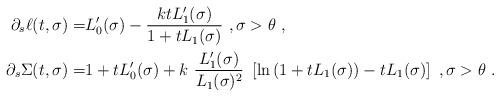
LaTeX: \begin{align*}\partial_s \ell(t,\sigma) = & L_0'(\sigma) - \frac{kt L_1'(\sigma)}{1+t L_1(\sigma)}\ , \sigma>\theta\ , \\\partial_s \Sigma(t,\sigma) = & 1 + t L_0'(\sigma) + k\ \frac{L_1'(\sigma)}{L_1(\sigma)^2} \ \left[ \ln{(1+t L_1(\sigma))} - t L_1(\sigma) \right]\ , \sigma>\theta\ .\end{align*}